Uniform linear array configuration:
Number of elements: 16
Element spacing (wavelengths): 0.75
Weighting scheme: exponential
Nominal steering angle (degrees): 0
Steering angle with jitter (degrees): -1.486
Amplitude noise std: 0.05
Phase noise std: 0.05

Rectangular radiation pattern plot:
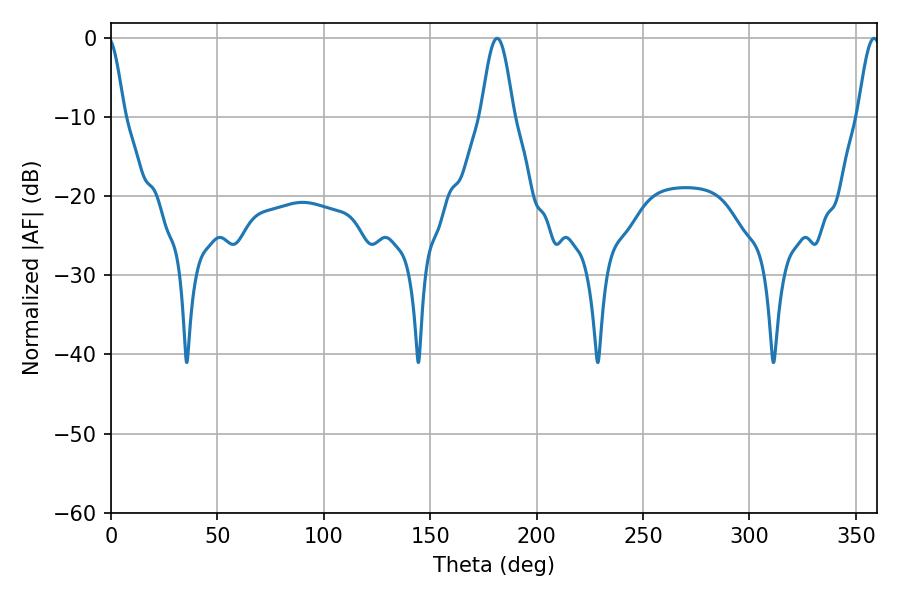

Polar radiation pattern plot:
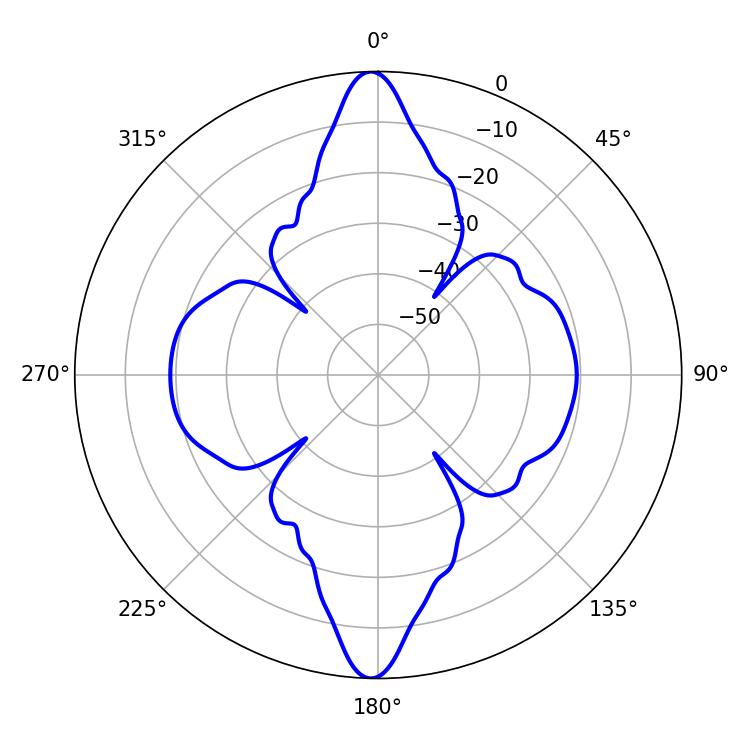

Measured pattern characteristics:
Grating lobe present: TRUE
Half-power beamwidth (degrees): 8.28
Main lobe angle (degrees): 181.44